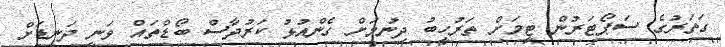
ގަތަރުގެ ސަޕޯޓަރުން ޓީމަށް ތަރުހީބު ދިނުމަށް ގެންއުޅު ކަރުދާސް ބޯޑްތައް ވަނީ ދަނޑަށް